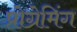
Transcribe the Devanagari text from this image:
प्रोग्रेमिंग